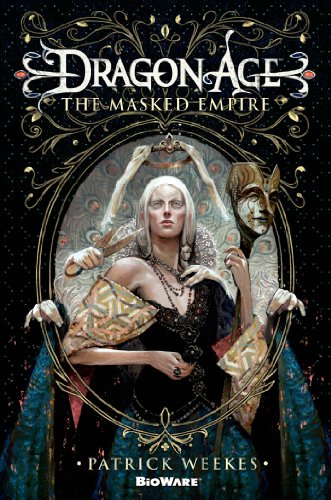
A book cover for Dragon Age: The Masked Empire; Patrick Weekes; Science Fiction & Fantasy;